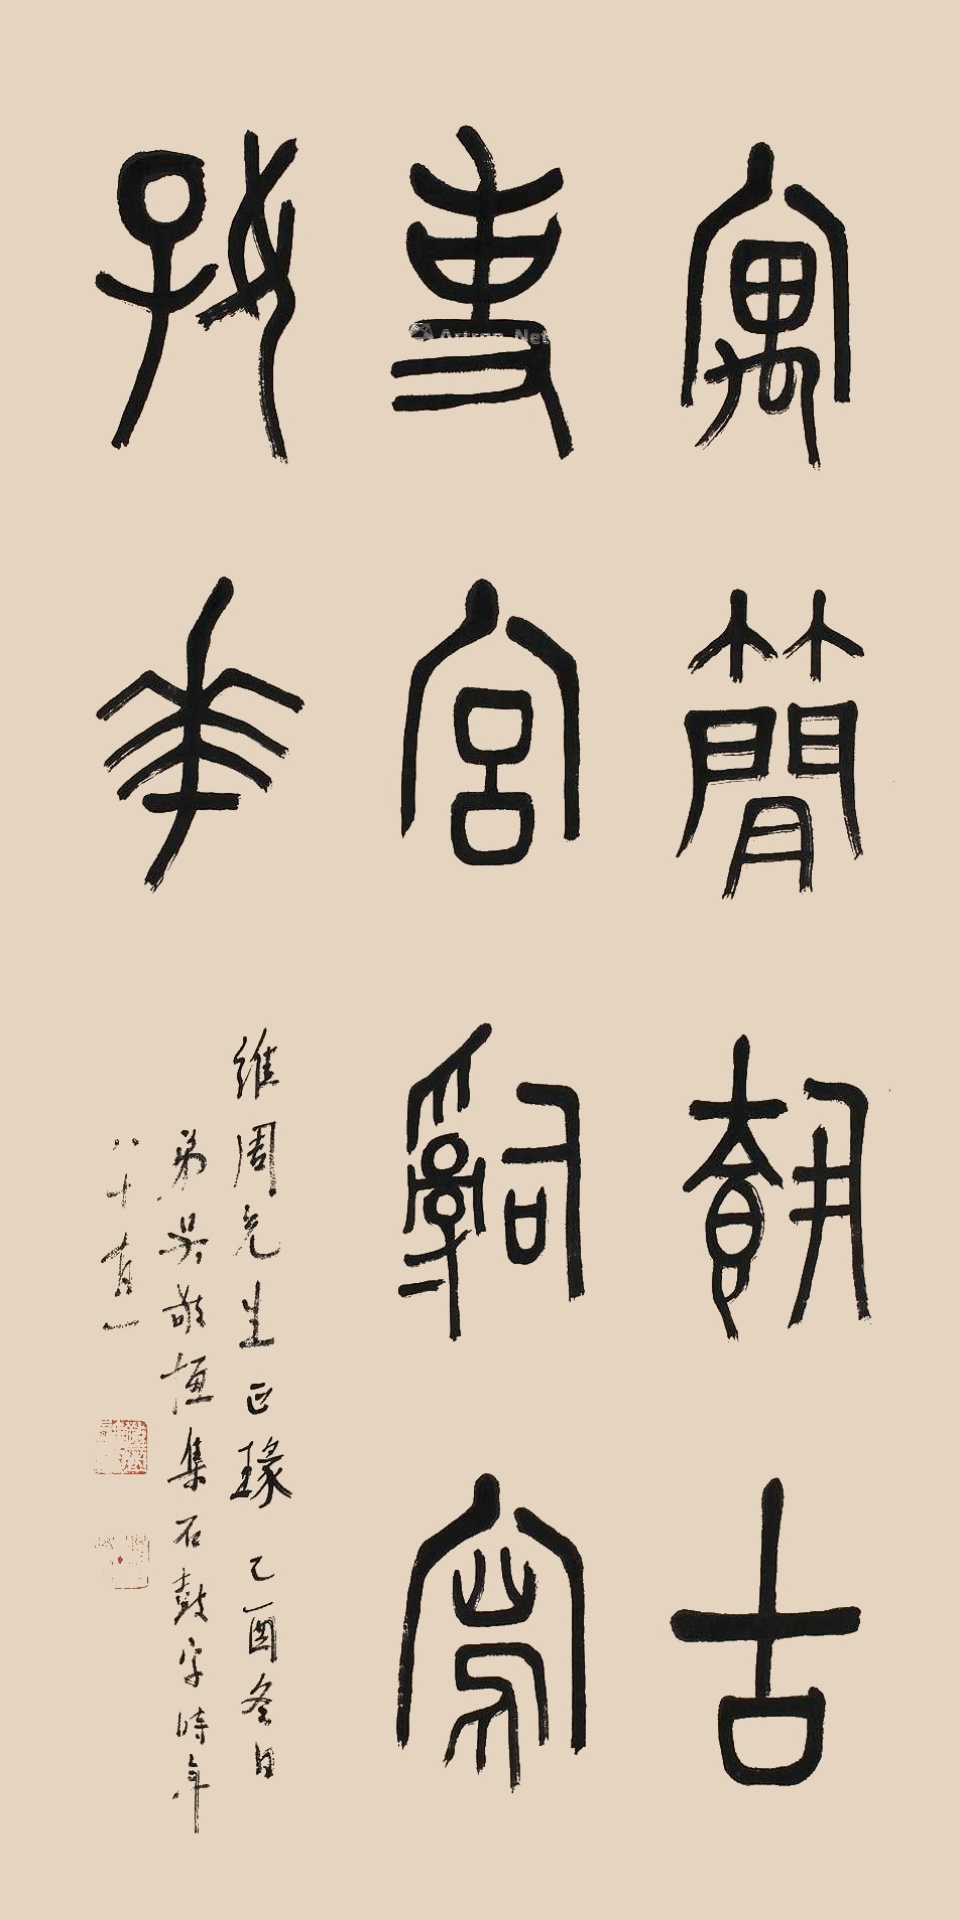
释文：寓简载古事；宫辞写好花。维周先生正瑑。乙酉冬日，弟吴敬恒集石鼓字，时年八十有一。